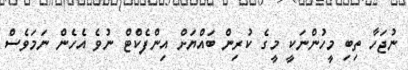
ނުޖަހާ ތިބި މީހުންނަކީ މީގެ ކުރިން ބައްޔަށް އިންފެކްޓް ނުވެ އެހެން ނަމަވެސް